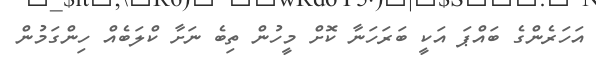
އަހަރެންގެ ބައްޕަ އަކީ ބަރަހަނާ ކޮށް މީހުން ތިބެ ނަށާ ކްލަބެއް ހިންގަމުން